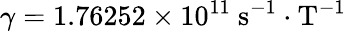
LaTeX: \gamma=1.76252\times 10^{11}~\mathrm{s^{-1}\cdot T^{-1}}